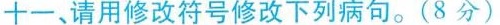
十一、请用修改符号修改下列病句。(8分)